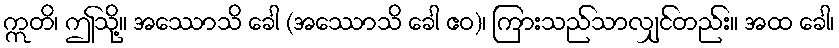
ဣတိ၊ ဤသို့။ အဿောသိ ခေါ (အဿောသိ ခေါ ဧဝ)၊ ကြားသည်သာလျှင်တည်း။ အထ ခေါ၊